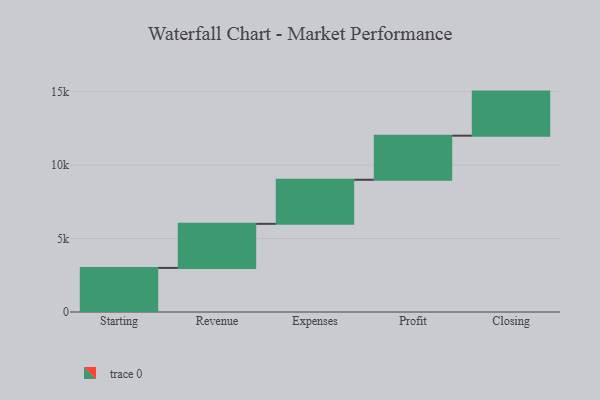
{"axis": {"x": "Step", "y": "Value"}, "legend": [""], "data": [{"x": "Starting", "y": 3000, "type": ""}, {"x": "Revenue", "y": 3000, "type": ""}, {"x": "Expenses", "y": 3000, "type": ""}, {"x": "Profit", "y": 3000, "type": ""}, {"x": "Closing", "y": 3000, "type": ""}]}